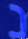
נ